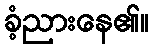
ခံ့ညားနေ၏။